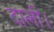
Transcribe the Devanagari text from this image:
दाली।